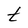
Character: t